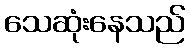
သေဆုံးနေသည်